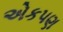
એકપણ